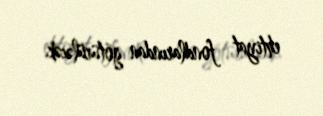
ehtiyat fondlarından götürüləcək.